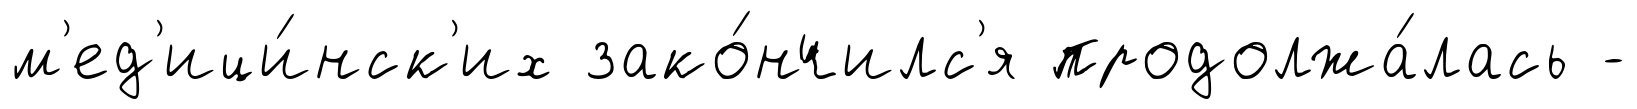
м'ед'ици́нск'их зако́нчилс'я продолжа́лась -